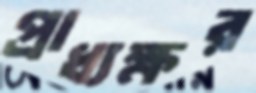
প্রাধ্যক্ষর